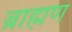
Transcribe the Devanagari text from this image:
ब्राह्मणं